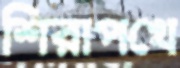
শিরাপথে